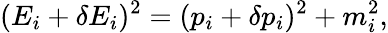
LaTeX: (E_{i}+\delta E_{i})^{2}=(p_{i}+\delta p_{i})^{2}+m_{i}^{2},